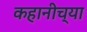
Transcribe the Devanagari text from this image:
कहानीच्या